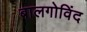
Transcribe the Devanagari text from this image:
बालगोविंद